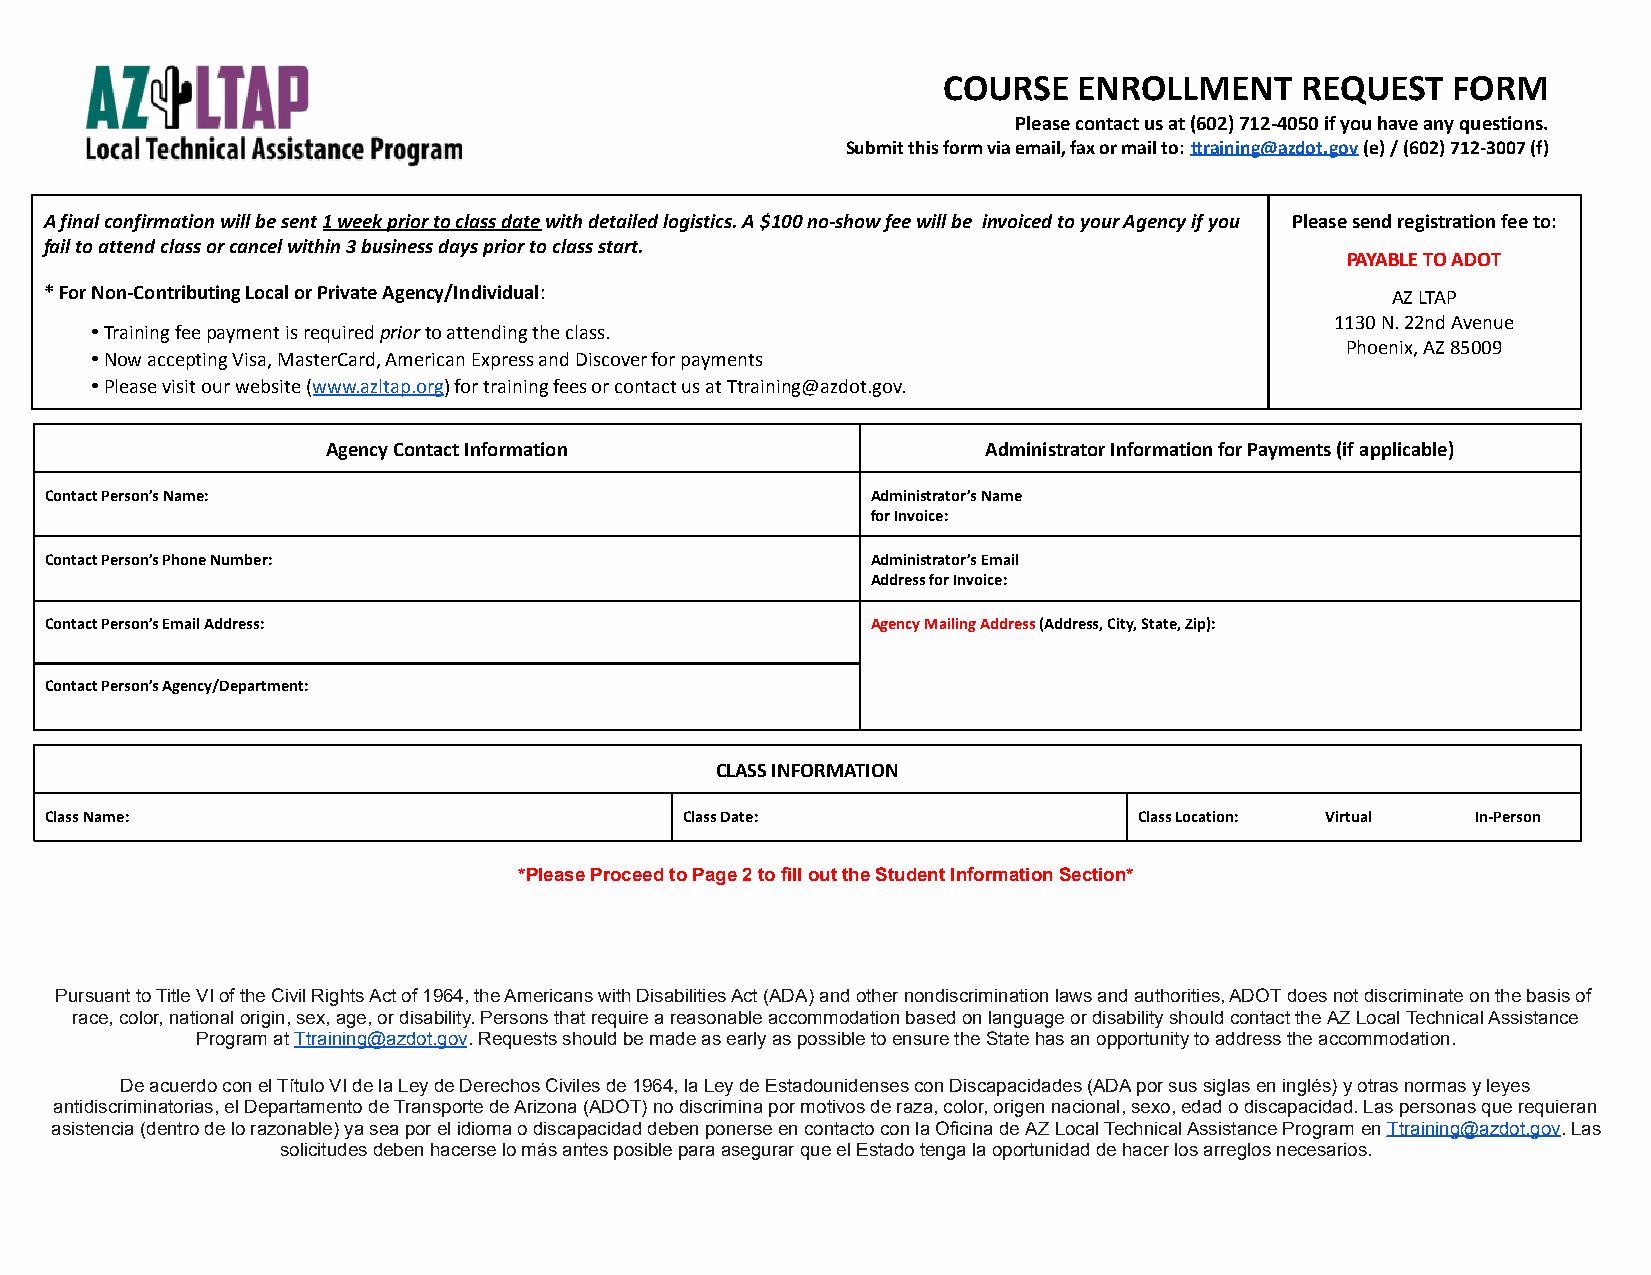
COURSE   ENROLLMENT     REQUEST   FORM
 Please contact us at (602) 712-4050 if you have any questions.
 Submit this form via email, fax or mail to:ttraining@azdot.gov(e) / (602) 712-3007 (f)
 A final confirmation will be sent1 week prior toclass datewith detailed logistics. A $100 no-showfee will be invoiced to your Agency if you Please send registration fee to:
 fail to attend class or cancel within 3 business days prior to class start.
 PAYABLE TO ADOT
 * For Non-Contributing Local or Private Agency/Individual:                               AZ LTAP
 1130 N. 22nd Avenue
 •Training fee payment is requiredpriorto attendingthe class.
 Phoenix, AZ 85009
 •Now accepting Visa, MasterCard, American Expressand Discover for payments
 •Please visit our website (www.azltap.org) for trainingfees or contact us at Ttraining@azdot.gov.
 Agency Contact Information                 Administrator Information for Payments (if applicable)
 Contact Person’s Name:                                 Administrator’s Name
 for Invoice:
 Contact Person’s Phone Number:                         Administrator’s Email
 Address for Invoice:
 Contact Person’s Email Address:                        Agency Mailing Address(Address, City, State, Zip):
 Contact Person’s Agency/Department:
 CLASS INFORMATION
 Class Name:                               Class Date:                   Class Location: Virtual In-Person
 *Please Proceed to Page 2 to fill out the Student Information Section*
 Pursuant to Title VI of the Civil Rights Act of 1964, the Americans with Disabilities Act (ADA) and other nondiscrimination laws and authorities, ADOT does not discriminate on the basis of
 race, color, national origin, sex, age, or disability. Persons that require a reasonable accommodation based on language or disability should contact theAZ LocalTechnical Assistance
 Program atTtraining@azdot.gov.Requests should bemade as early as possible to ensure the State has an opportunity to address the accommodation.
 De acuerdo con el Título VI de la Ley de Derechos Civiles de 1964, la Ley de Estadounidenses con Discapacidades (ADA por sus siglas en inglés) y otras normas y leyes
 antidiscriminatorias, el Departamento de Transporte de Arizona (ADOT) no discrimina por motivos de raza, color, origen nacional, sexo, edad o discapacidad. Las personas que requieran
 asistencia (dentro de lo razonable) ya sea por el idioma o discapacidad deben ponerse en contacto con la Oficina deAZ Local Technical Assistance Program enTtraining@azdot.gov.Las
 solicitudes deben hacerse lo más antes posible para asegurar que el Estado tenga la oportunidad de hacer los arreglos necesarios.